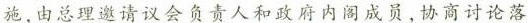
施，由总理邀请议会负责人和政府内阁成员，协商讨论落